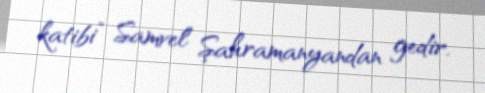
katibi” Samvel Şahramanyandan gedir.